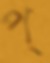
প্